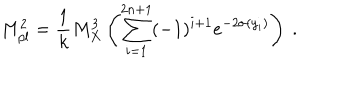
LaTeX: M _ { p l } ^ { 2 } = { \frac { 1 } { k } } M _ { X } ^ { 3 } \left( \sum _ { i = 1 } ^ { 2 n + 1 } ( - 1 ) ^ { i + 1 } e ^ { - 2 \sigma ( y _ { i } ) } \right) ~ . ~ \,